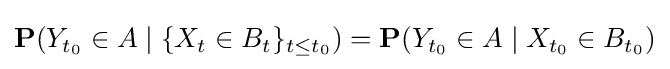
\operatorname {\mathbf {P} } (Y_{t_{0}}\in A\mid \{X_{t}\in B_{t}\}_{t\leq t_{0}})=\operatorname {\mathbf {P} } (Y_{t_{0}}\in A\mid X_{t_{0}}\in B_{t_{0}})